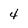
Character: 4